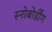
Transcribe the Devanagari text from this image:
स्नोबोर्डींग